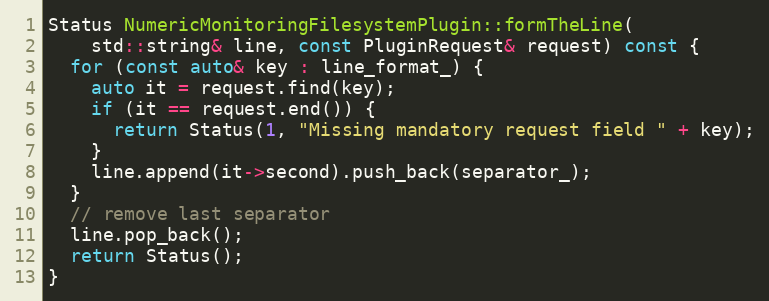
Language: C++
Status NumericMonitoringFilesystemPlugin::formTheLine(
    std::string& line, const PluginRequest& request) const {
  for (const auto& key : line_format_) {
    auto it = request.find(key);
    if (it == request.end()) {
      return Status(1, "Missing mandatory request field " + key);
    }
    line.append(it->second).push_back(separator_);
  }
  // remove last separator
  line.pop_back();
  return Status();
}